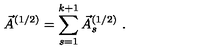
\vec { A } ^ { ( 1 / 2 ) } = \sum _ { s = 1 } ^ { k + 1 } \vec { A } _ { s } ^ { ( 1 / 2 ) } \ .